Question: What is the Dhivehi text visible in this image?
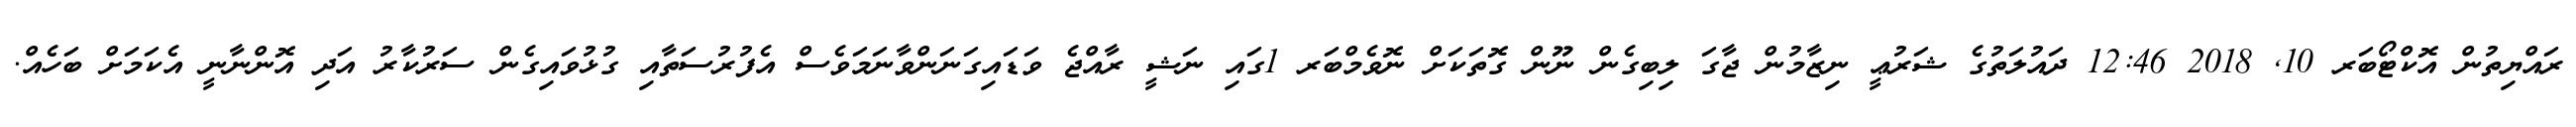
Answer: ރައްޔިތުން އޮކްޓޯބަރ 10, 2018 12:46 ދައުލަތުގެ ޝަރުޢީ ނިޒާމުން ޖާގަ ލިބިގެން ނޫން ގޮތަކަށް ނޮވެމްބަރ 1ގައި ނަޝީ ރާއްޖެ ވަޑައިގަނަންވާނަމަވެސް އެފުރުސަތާއި ގުޅުވައިގެން ސަރުކާރު އަދި އޮންނާނީ އެކަމަށް ބަހެއް.